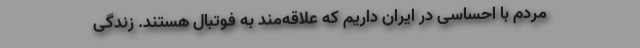
مردم با احساسی در ایران داریم که علاقه‌مند به فوتبال هستند. زندگی